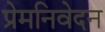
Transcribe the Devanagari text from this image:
प्रेमनिवेदन